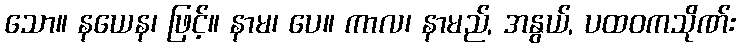
သော။ နယေန၊ ဖြင့်။ နာမ၊ ပေ။ ကာလ၊ နာမည်, အနွယ်, ပထဝကသိုဏ်း